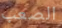
الصعب